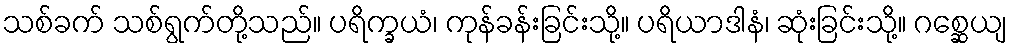
သစ်ခက် သစ်ရွက်တို့သည်။ ပရိက္ခယံ၊ ကုန်ခန်းခြင်းသို့။ ပရိယာဒါနံ၊ ဆုံးခြင်းသို့။ ဂစ္ဆေယျ